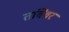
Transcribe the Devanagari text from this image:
तांबेंवर